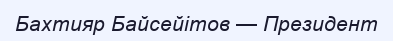
Бахтияр Байсейітов — Президент